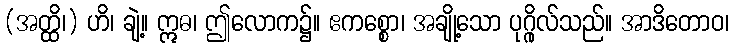
(အတ္ထိ၊) ဟိ၊ ချဲ့။ ဣဓ၊ ဤလောက၌။ ဧကစ္စော၊ အချို့သော ပုဂ္ဂိုလ်သည်။ အာဒိတောဝ၊